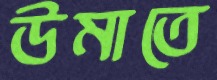
উমাতে